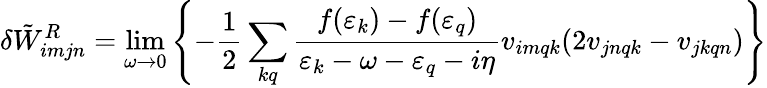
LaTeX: \delta\tilde{W}_{imjn}^{R}=\operatorname*{lim}_{\omega\to 0}\left\{ -\frac{1}{2}\sum_{kq}\frac{f(\varepsilon_{k})-f(\varepsilon_{q})}{\varepsilon_{k}-\omega-\varepsilon_{q}-i\eta}v_{imqk}(2v_{jnqk}-v_{jkqn})\right\}